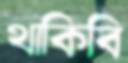
থাকিবি